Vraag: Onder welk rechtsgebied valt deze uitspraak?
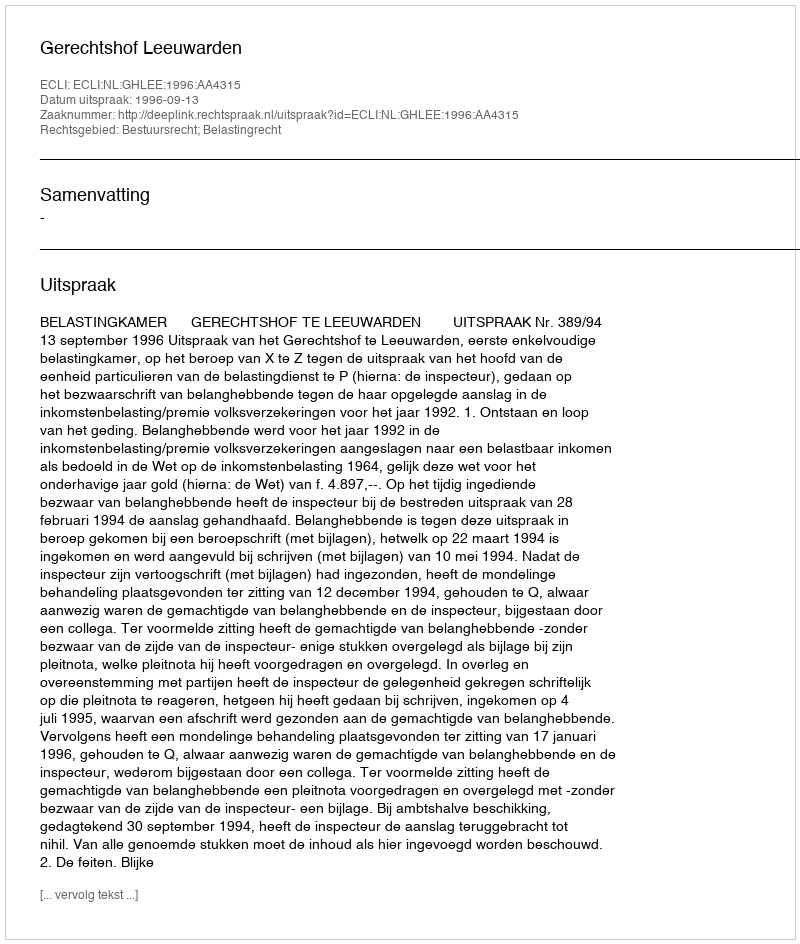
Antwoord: Bestuursrecht; Belastingrecht